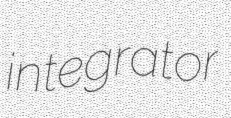
integrator